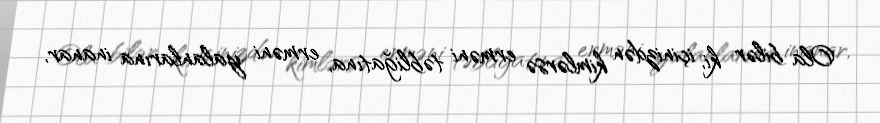
Ola bilər ki, içinizdən kimlərsə erməni təbliğatına, erməni yalanlarına inanar,